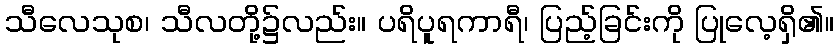
သီလေသုစ၊ သီလတို့၌လည်း။ ပရိပူရကာရီ၊ ပြည့်ခြင်းကို ပြုလေ့ရှိ၏။